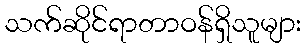
သက်ဆိုင်ရာတာဝန်ရှိသူများ